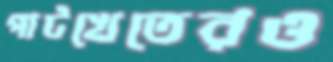
পাটখেতেরও